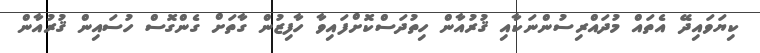
ކިޔަވައިދޭ އެތައް މުދައްރިސުންނަކާއި ޤުރުއާން ހިތުދަސްކޮށްފައިވާ ހާފިޒުން ގާތަށް ގެންގޮސް ހުސައިން ޤުރުއާން